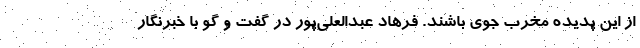
از این پدیده مخرب جوی باشند. فرهاد عبدالعلی‌پور در گفت و گو با خبرنگار